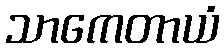
သာကေတာယံ